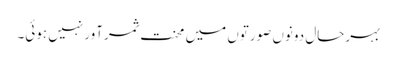
بہرحال دونوں صورتوں میں محنت ثمرآور نہیں ہوئی۔